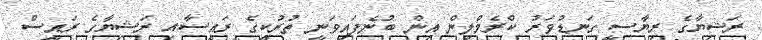
ރަޝިޔާގެ ރިޔާސީ ގަނޑުވަރު ކްރެމްލިން އިން ބުނެފައިވަނީ ތުރުކީގެ ރައީސާއި ރަޝިޔާގެ ރައީސް